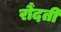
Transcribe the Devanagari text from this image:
रौंदती